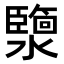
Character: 𤂟